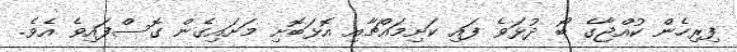
ފިރިހެން ކުއްޖާގެ ބޯ ދުޅަވެ ފައި ކަށިމައްޗާއި އޮޅަބޮށި މަށައިގެން ގޮސްފައިވެ އެވެ.